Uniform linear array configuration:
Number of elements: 16
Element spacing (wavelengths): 0.25
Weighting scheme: uniform
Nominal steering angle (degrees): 15
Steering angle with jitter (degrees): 14.111
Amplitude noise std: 0.05
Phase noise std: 0.05

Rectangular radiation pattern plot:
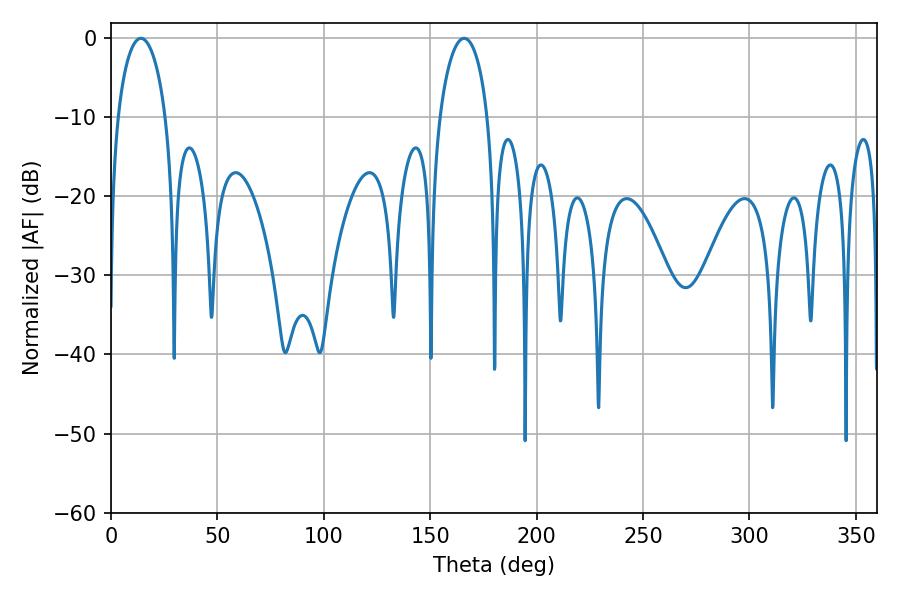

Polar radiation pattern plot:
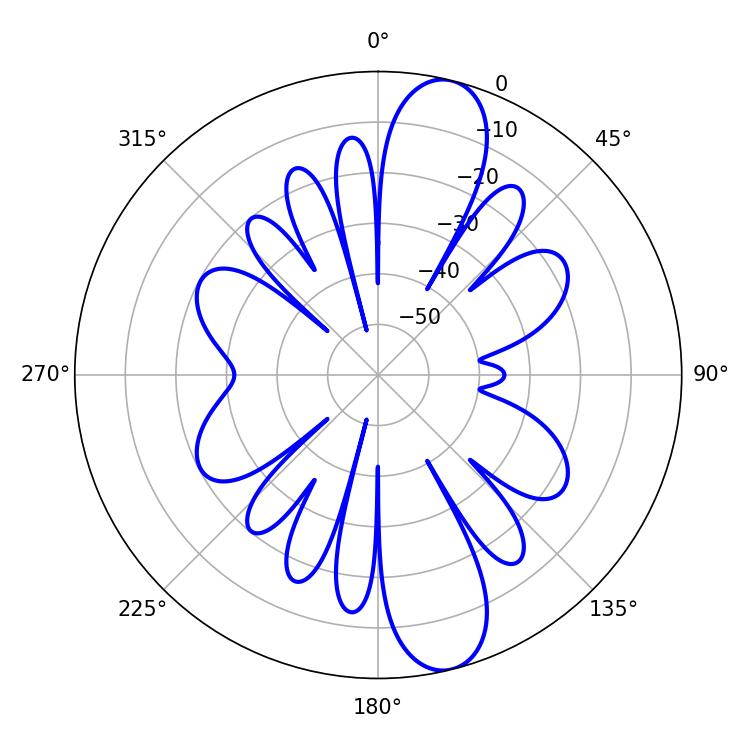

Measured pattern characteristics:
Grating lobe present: FALSE
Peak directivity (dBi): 12.231
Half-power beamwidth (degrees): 12.96
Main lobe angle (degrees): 14.04